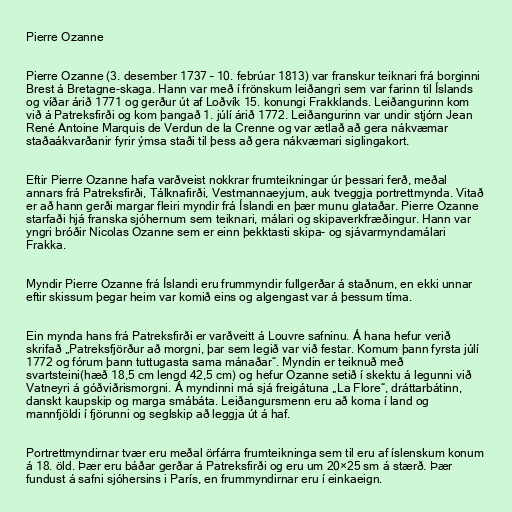
Pierre Ozanne

Pierre Ozanne (3. desember 1737 – 10. febrúar 1813) var franskur teiknari frá borginni
Brest á Bretagne-skaga. Hann var með í frönskum leiðangri sem var farinn til Íslands
og víðar árið 1771 og gerður út af Loðvík 15. konungi Frakklands. Leiðangurinn kom
við á Patreksfirði og kom þangað 1. júlí árið 1772. Leiðangurinn var undir stjórn Jean
René Antoine Marquis de Verdun de la Crenne og var ætlað að gera nákvæmar
staðaákvarðanir fyrir ýmsa staði til þess að gera nákvæmari siglingakort.

Eftir Pierre Ozanne hafa varðveist nokkrar frumteikningar úr þessari ferð, meðal
annars frá Patreksfirði, Tálknafirði, Vestmannaeyjum, auk tveggja portrettmynda. Vitað
er að hann gerði margar fleiri myndir frá Íslandi en þær munu glataðar. Pierre Ozanne
starfaði hjá franska sjóhernum sem teiknari, málari og skipaverkfræðingur. Hann var
yngri bróðir Nicolas Ozanne sem er einn þekktasti skipa- og sjávarmyndamálari
Frakka.

Myndir Pierre Ozanne frá Íslandi eru frummyndir fullgerðar á staðnum, en ekki unnar
eftir skissum þegar heim var komið eins og algengast var á þessum tíma.

Ein mynda hans frá Patreksfirði er varðveitt á Louvre safninu. Á hana hefur verið
skrifað „Patreksfjörður að morgni, þar sem legið var við festar. Komum þann fyrsta júlí
1772 og fórum þann tuttugasta sama mánaðar“. Myndin er teiknuð með
svartsteini(hæð 18,5 cm lengd 42,5 cm) og hefur Ozanne setið í skektu á legunni við
Vatneyri á góðviðrismorgni. Á myndinni má sjá freigátuna „La Flore“, dráttarbátinn,
danskt kaupskip og marga smábáta. Leiðangursmenn eru að koma í land og
mannfjöldi í fjörunni og seglskip að leggja út á haf.

Portrettmyndirnar tvær eru meðal örfárra frumteikninga sem til eru af íslenskum konum
á 18. öld. Þær eru báðar gerðar á Patreksfirði og eru um 20×25 sm á stærð. Þær
fundust á safni sjóhersins i París, en frummyndirnar eru í einkaeign.